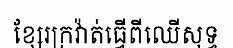
ខ្សែរក្រវ៉ាត់ធ្វើពីឈើសុទ្ធ